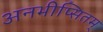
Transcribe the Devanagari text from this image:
अनभीप्सितम्